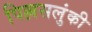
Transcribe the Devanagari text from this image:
पिल्लसलुंकी